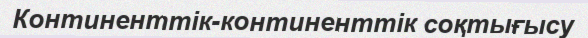
Континенттік-континенттік соқтығысу